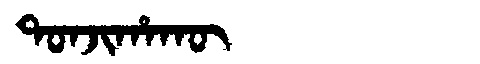
Manchu: ᡨᠣᠨᠵᡳᡥᠠᡴᡡ
Romanization: TONJIHAKŪ